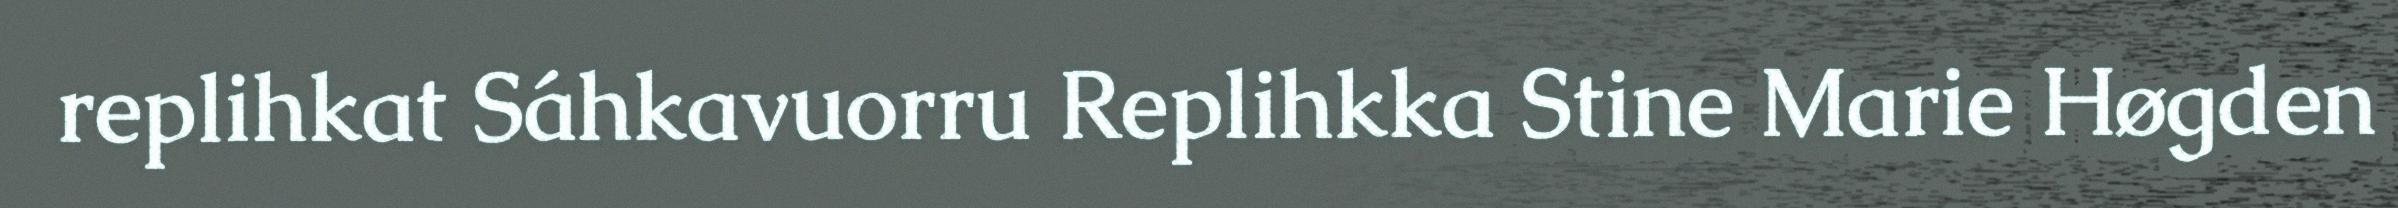
replihkat Sáhkavuorru Replihkka Stine Marie Høgden